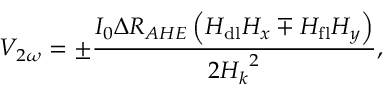
V _ { 2 \omega } = \pm \frac { I _ { 0 } \Delta R _ { A H E } \left( H _ { \mathrm { d l } } H _ { x } \mp H _ { \mathrm { f l } } H _ { y } \right) } { 2 { H _ { k } } ^ { 2 } } ,